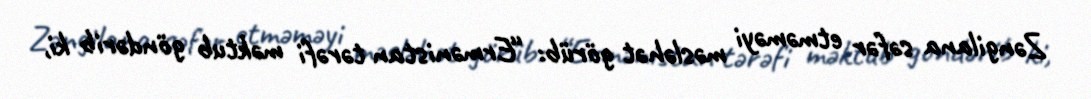
Zəngilana səfər etməməyi məsləhət görüb: “Ermənistan tərəfi məktub göndərib ki,